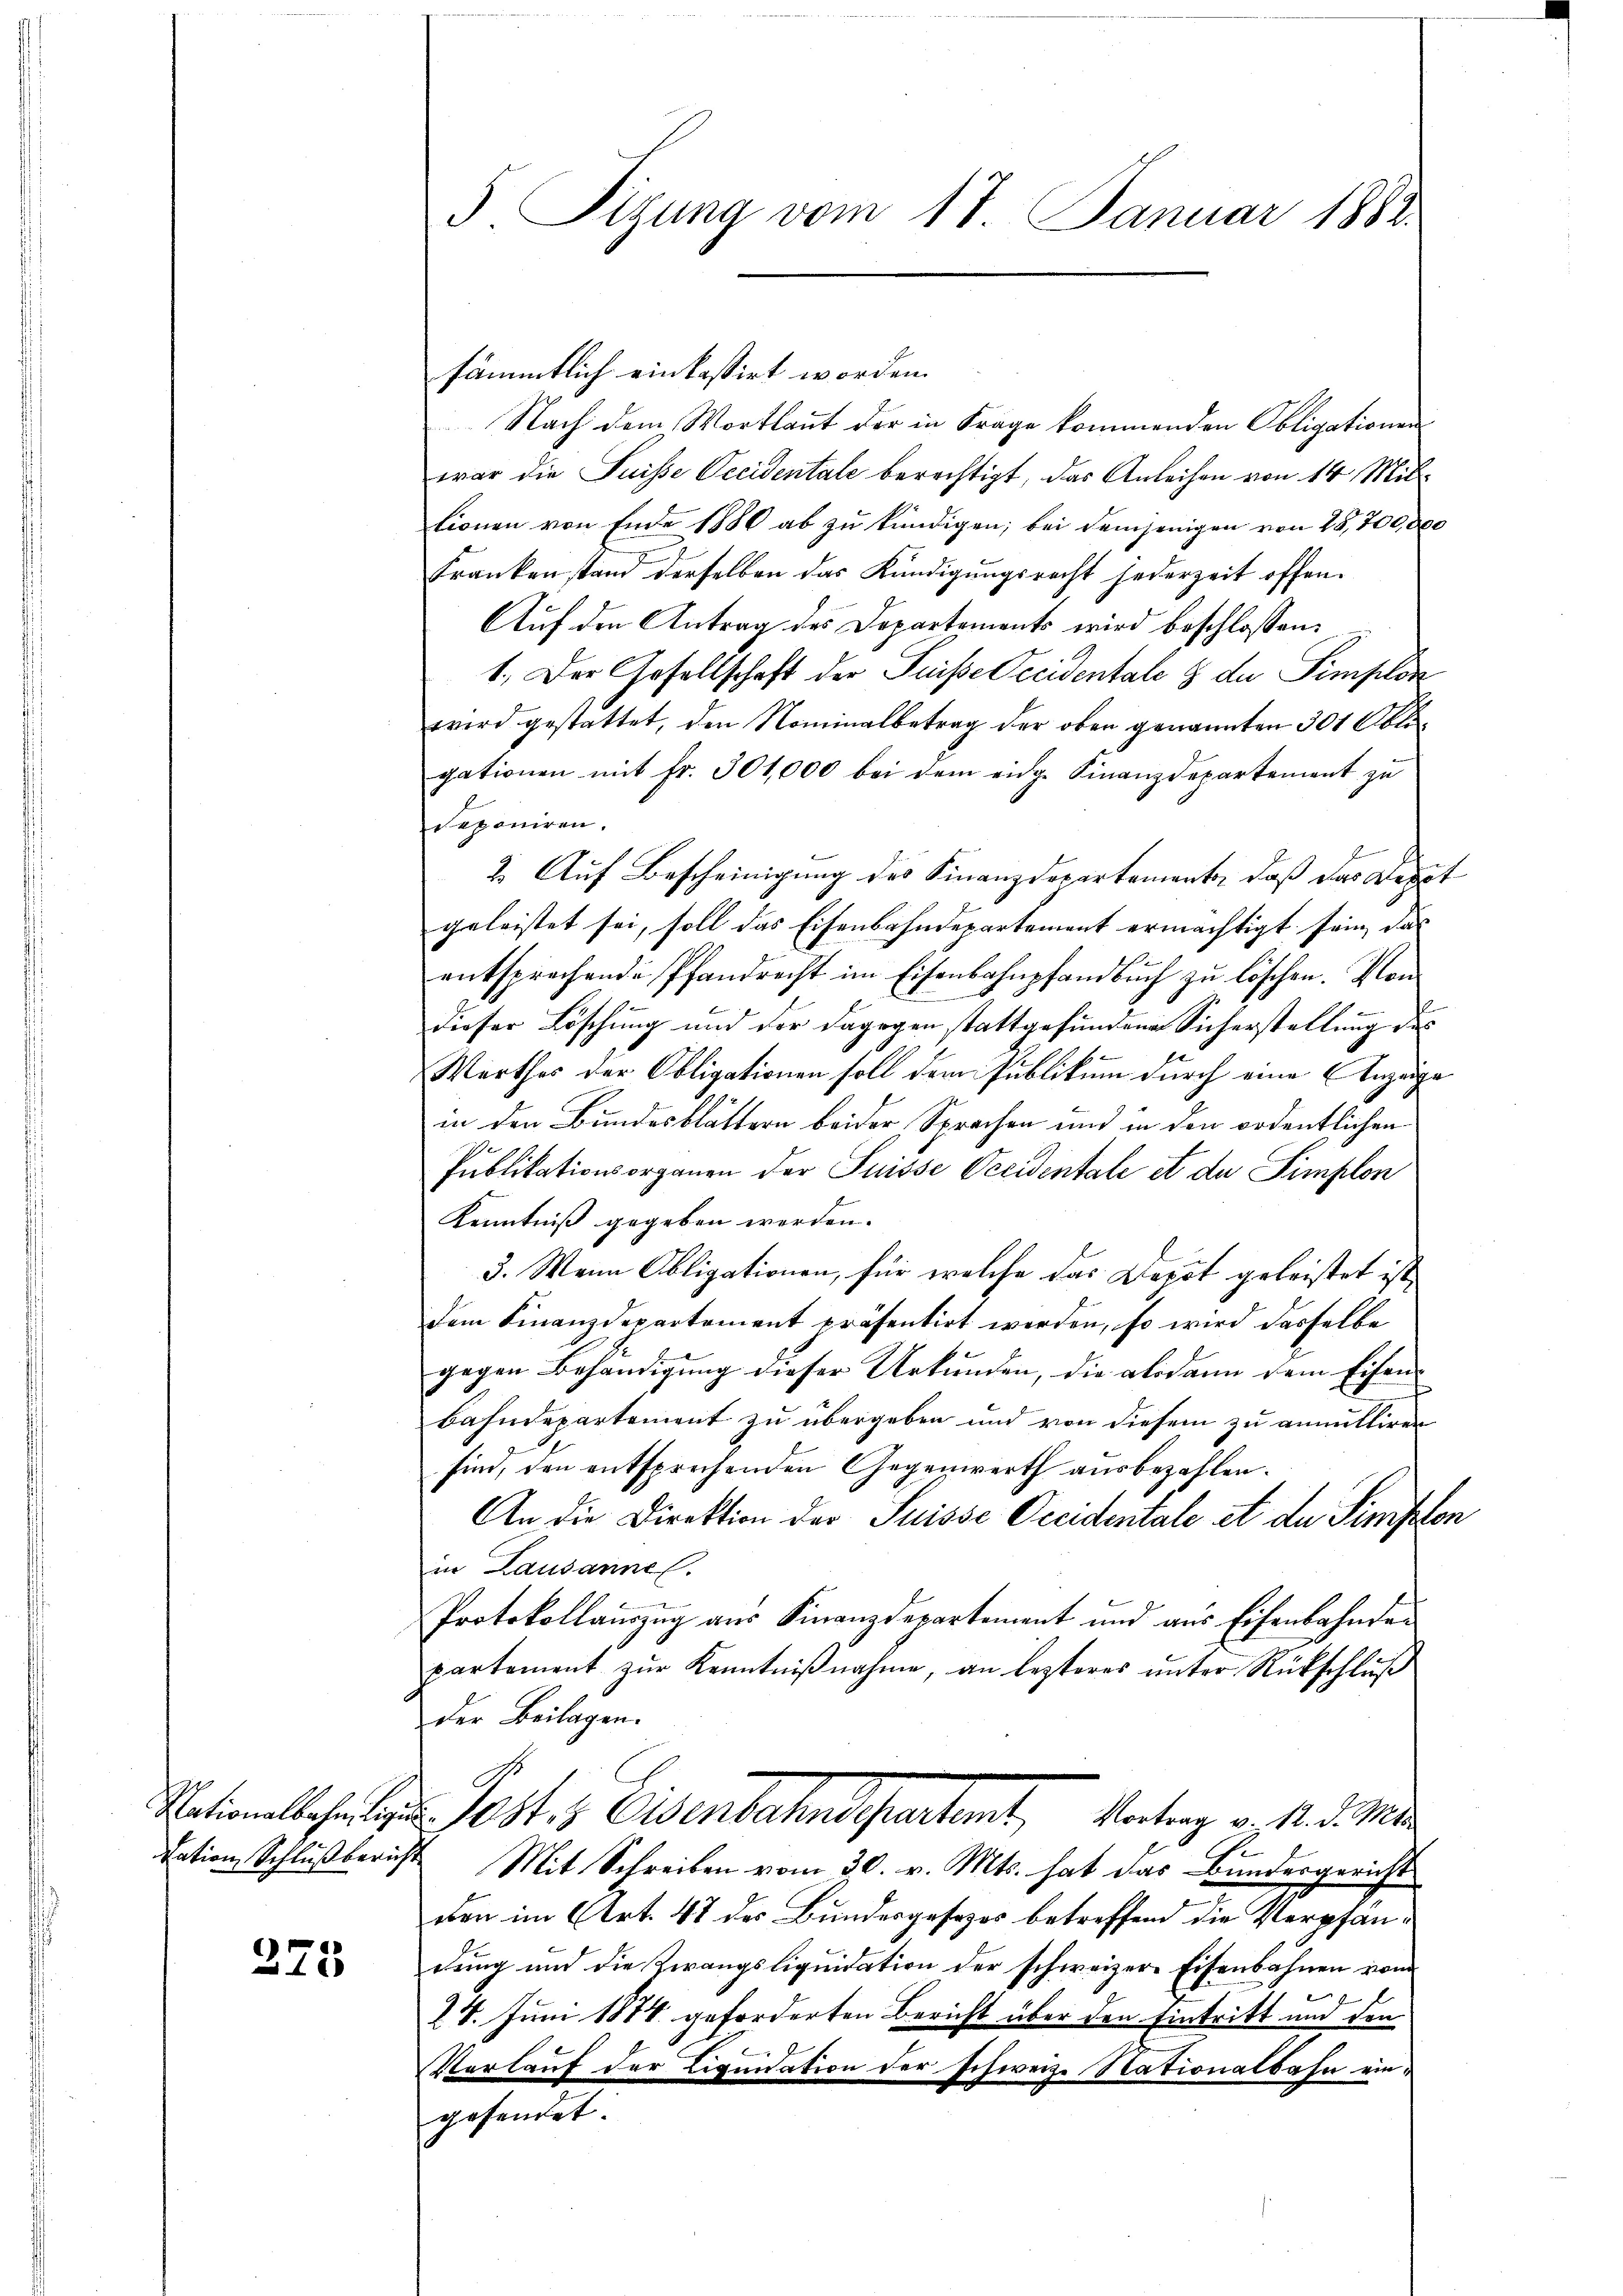
275

sämmtlich einkassirt worden.
Nach dem Wortlaut der in Frage kommenden Obligationen
war die Suisse Occidentale berechtigt, das Anleihen von 14 Mitlionen von Ende 1880 ab zu kündigen; bei demjenigen von 28,700,000
Frankenstand derselben das Kündigungsrecht jederzeit offen¬
Auf den Antrag des Departements wird beschlossen:
1. Der Gesellschaft der Puisse Accidentale & der Simplon
wird gestattet, den Nominalbetrag der oben genannten 301 Abte
gationen mit fr. 301,000 bei dem eidg. Finanzdepartement zŭ
deponiren.
2. Auf Bescheinigung des Finanzdepartemente, daß das Depot
geleistet sei, soll das Eisenbahndepartement ermächtigt sein, das
entsprochende Pfandrecht im Eisenbahnpfandbuch zu löschen. Von
dieser Löschung und der dagegen stattgefundene Sicherstellung des
Werther der Obligationen soll dem Publikum durch eine Anzeige
in den Bundesblättern beider Sprachen und in den ordentlichen
Publikationsorganen der Suisse Occidentale et de Simplon
Kenntniß gegeben werden.
3. Wenn Obligationen, für welche das Depot geleistet ist,
dem Finanzdepartement präsentirt werden, so wird dasselbe
gegen Behändigung dieser Urkunden, die alsdann dem Eisen¬
Bahndepartement zu übergeben und von diesem zu annulliren
sind, den entsprechenden Gegenwerth ausbezahlen.
An die Direktion der Suisse Occidentale et der Simplon
in Lausannes.
u
Protokollauszug aus Finanzdepartement und aus Eisenbahnder
partement zŭr Kenntniβnahme, an lezteres ŭnter Rückschlŭβ
der Beilagen.
Nationalbehalter u. Post 3 Eisenbahndepartamt, Vortrag v. 1. d. M.
.
dation Schlußbericht Mit Schreiben vom 30. v. Mts. hat das Bundergericht
eben im Art. 47 des Bundesgesezes betreffend die Verpfändung und die Zwangsliquidation der schweizere Eisenbahnen vom
24. Juni 1874 geforderten Bericht über den Eintritt und den
Vorlauf der Liquidation der schweiz. Stationalbahn eingesendet.

5 Tigung vom 17. Januar 1882.